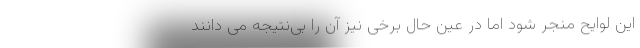
این لوایح منجر شود اما در عین حال برخی نیز آن را بی‌نتیجه‌ می دانند